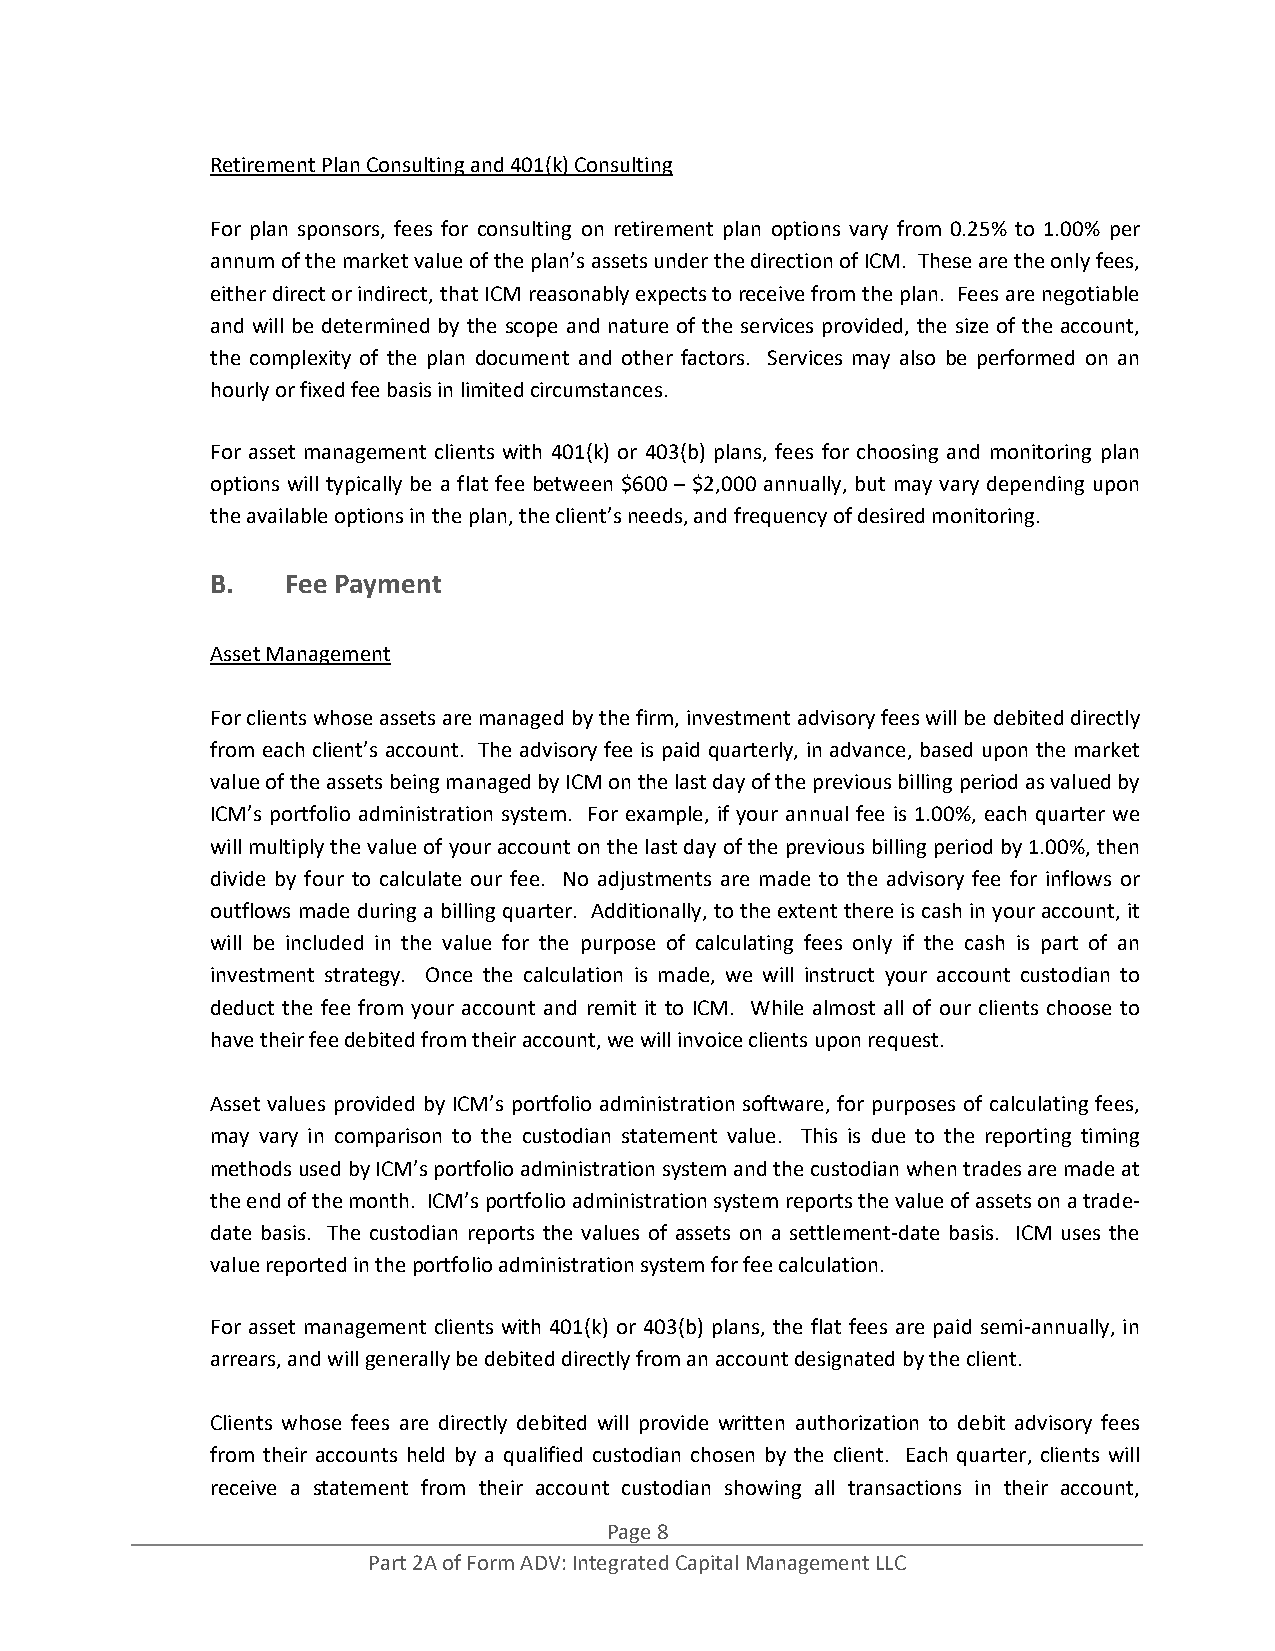
Retirement Plan Consulting and 401(k) Consulting
 For plan sponsors, fees for consulting on retirement plan options vary from 0.25% to 1.00% per
 annum of the market value of the plan’s assets under the direction of ICM. These are the only fees,
 either direct or indirect, that ICM reasonably expects to receive from the plan. Fees are negotiable
 and will be determined by the scope and nature of the services provided, the size of the account,
 the complexity of the plan document and other factors. Services may also be performed on an
 hourly or fixed fee basis in limited circumstances.
 For asset management clients with 401(k) or 403(b) plans, fees for choosing and monitoring plan
 options will typically be a flat fee between $600 – $2,000 annually, but may vary depending upon
 the available options in the plan, the client’s needs, and frequency of desired monitoring.
 B.   Fee Payment
 Asset Management
 For clients whose assets are managed by the firm, investment advisory fees will be debited directly
 from each client’s account. The advisory fee is paid quarterly, in advance, based upon the market
 value of the assets being managed by ICM on the last day of the previous billing period as valued by
 ICM’s portfolio administration system. For example, if your annual fee is 1.00%, each quarter we
 will multiply the value of your account on the last day of the previous billing period by 1.00%, then
 divide by four to calculate our fee. No adjustments are made to the advisory fee for inflows or
 outflows made during a billing quarter. Additionally, to the extent there is cash in your account, it
 will be included in the value for the purpose of calculating fees only if the cash is part of an
 investment strategy. Once the calculation is made, we will instruct your account custodian to
 deduct the fee from your account and remit it to ICM. While almost all of our clients choose to
 have their fee debited from their account, we will invoice clients upon request.
 Asset values provided by ICM’s portfolio administration software, for purposes of calculating fees,
 may vary in comparison to the custodian statement value. This is due to the reporting timing
 methods used by ICM’s portfolio administration system and the custodian when trades are made at
 the end of the month. ICM’s portfolio administration system reports the value of assets on a trade‐
 date basis. The custodian reports the values of assets on a settlement‐date basis. ICM uses the
 value reported in the portfolio administration system for fee calculation.
 For asset management clients with 401(k) or 403(b) plans, the flat fees are paid semi‐annually, in
 arrears, and will generally be debited directly from an account designated by the client.
 Clients whose fees are directly debited will provide written authorization to debit advisory fees
 from their accounts held by a qualified custodian chosen by the client. Each quarter, clients will
 receive a statement from their account custodian showing all transactions in their account,
 Page 8
 Part 2A of Form ADV: Integrated Capital Management LLC